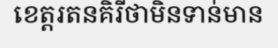
ខេត្តរតនគិរីថាមិនទាន់មាន